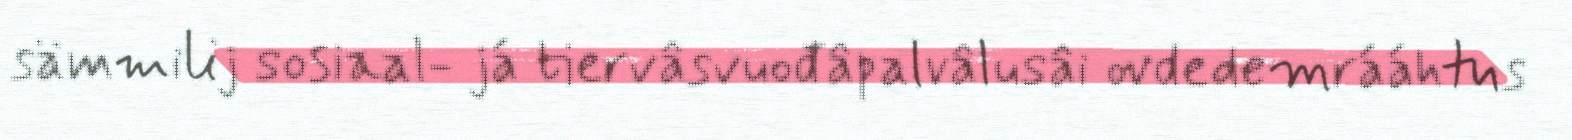
sämmilij sosiaal- já tiervâsvuođâpalvâlusâi ovdedemrááhtus